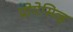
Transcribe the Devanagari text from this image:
प्रोगेसिव्ह